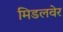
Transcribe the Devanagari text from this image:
मिडलवेर